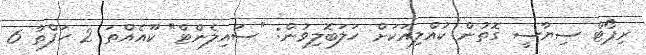
ރިޕޯޓް ސިޔާސީ ގޮތުން ކުުއްލިއަކަށް ހަލަބޮލިވުން: "ސައިލެންޓް" ކޫއެއްތަ 2 ހަފްތާ 6